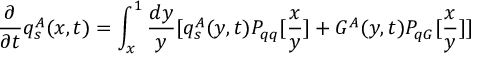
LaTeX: \frac { \partial } { \partial t } q _ { s } ^ { A } ( x , t ) = \int _ { x } ^ { 1 } \frac { d y } { y } [ q _ { s } ^ { A } ( y , t ) P _ { q q } [ \frac { x } { y } ] + G ^ { A } ( y , t ) P _ { q G } [ \frac { x } { y } ] ]